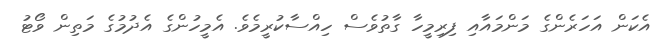
އެކަން އަހަރެންގެ މަންމައާއި ފިރިމީހާ ގާތުވެސް ހިއްސާކުރީމެވެ. އެމީހުންގެ އެދުމުގެ މަތިން ވޯޓު